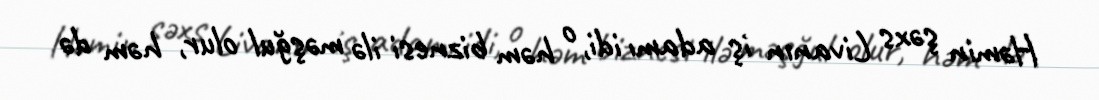
Həmin şəxs Livanın iş adamı idi, o həm biznesi ilə məşğul olur, həm də